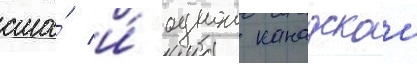
сша́ и́ однои канадскои